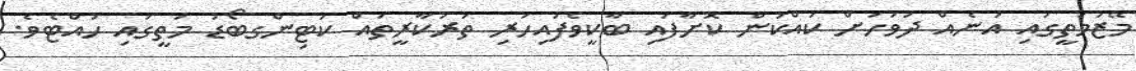
މޭޒުމަތީގައި އަނެއް ދުވަހަށް ކައްކަން ކޮށާފައި ބާކީވެފައިހުރި ތަރުކާރީތައް ކަޓިންގބޯޑު މަތީގައި ހުއްޓެވެ.